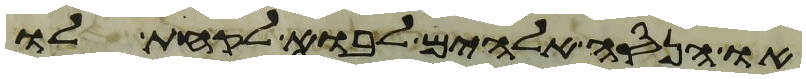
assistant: או הנסה אלהים לבוא לקחת לו